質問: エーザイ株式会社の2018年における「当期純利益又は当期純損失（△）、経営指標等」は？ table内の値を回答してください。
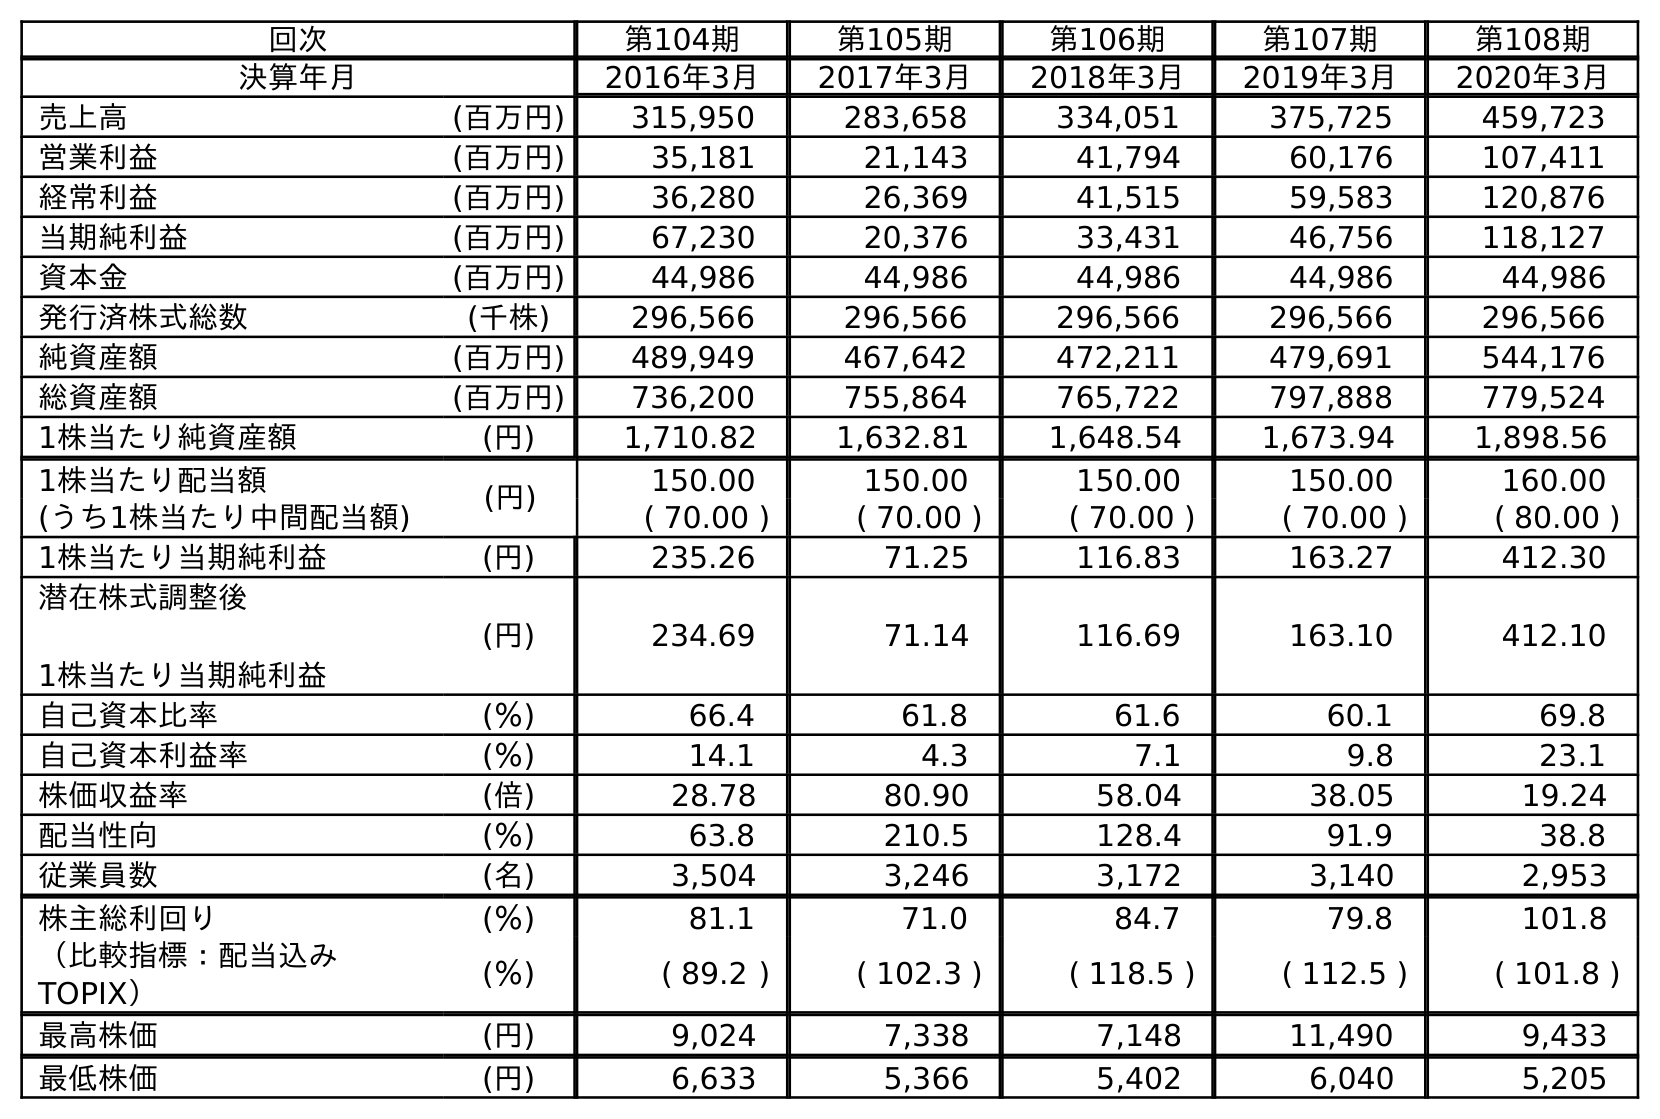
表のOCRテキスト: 回次 第104期 第105期 第106期 第107期 第108期 決算年月 2016年3月 2017年3月 2018年3月 2019年3月 2020年3月 売上高 (百万円) 315,950 283,658 334,051 375,725 459,723 営業利益 (百万円) 35,181 21,143 41,794 60,176 107,411 経常利益 (百万円) 36,280 26,369 41,515 59,583 120,876 当期純利益 (百万円) 67,230 20,376 33,431 46,756 118,127 資本金 (百万円) 44,986 44,986 44,986 44,986 44,986 発行済株式総数 (千株) 296,566 296,566 296,566 296,566 296,566 純資産額 (百万円) 489,949 467,642 472,211 479,691 544,176 総資産額 (百万円) 736,200 755,864 765,722 797,888 779,524 1株当たり純資産額 (円) 1,710.82 1,632.81 1,648.54 1,673.94 1,898.56 1株当たり配当額 (円) 150.00 150.00 150.00 150.00 160.00 (うち1株当たり中間配当額) ( 70.00 ) ( 70.00 ) ( 70.00 ) ( 70.00 ) ( 80.00 ) 1株当たり当期純利益 (円) 235.26 71.25 116.83 163.27 412.30 潜在株式調整後 1株当たり当期純利益 (円) 234.69 71.14 116.69 163.10 412.10 自己資本比率 (％) 66.4 61.8 61.6 60.1 69.8 自己資本利益率 (％) 14.1 4.3 7.1 9.8 23.1 株価収益率 (倍) 28.78 80.90 58.04 38.05 19.24 配当性向 (％) 63.8 210.5 128.4 91.9 38.8 従業員数 (名) 3,504 3,246 3,172 3,140 2,953 株主総利回り (％) 81.1 71.0 84.7 79.8 101.8 （比較指標：配当込み TOPIX） (％) ( 89.2 ) ( 102.3 ) ( 118.5 ) ( 112.5 ) ( 101.8 ) 最高株価 (円) 9,024 7,338 7,148 11,490 9,433 最低株価 (円) 6,633 5,366 5,402 6,040 5,205
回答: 33,431